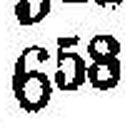
658